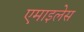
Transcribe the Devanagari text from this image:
एमाइलेस